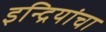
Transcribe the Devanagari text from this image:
इन्द्रियांचा